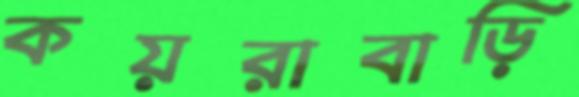
কয়রাবাড়ি